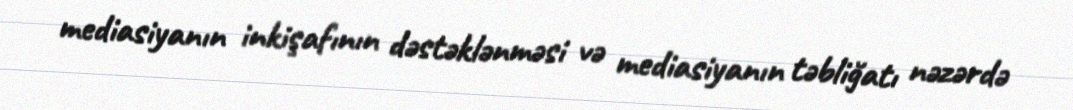
mediasiyanın inkişafının dəstəklənməsi və mediasiyanın təbliğatı nəzərdə